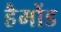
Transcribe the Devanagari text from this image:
हैमोंड